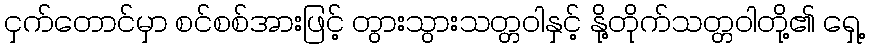
ငှက်တောင်မှာ စင်စစ်အားဖြင့် တွားသွားသတ္တဝါနှင့် နို့တိုက်သတ္တဝါတို့၏ ရှေ့